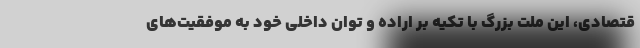
قتصادی، این ملت بزرگ با تکیه بر اراده و توان داخلی خود به موفقیت‌های